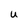
Character: u